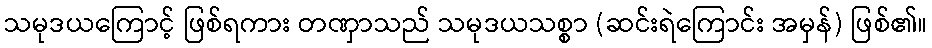
သမုဒယကြောင့် ဖြစ်ရကား တဏှာသည် သမုဒယသစ္စာ (ဆင်းရဲကြောင်း အမှန်) ဖြစ်၏။